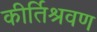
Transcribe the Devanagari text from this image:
कीर्तिश्रवण